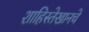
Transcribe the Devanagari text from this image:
शाहिस्तेखानचे